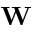
{ \bf W }